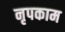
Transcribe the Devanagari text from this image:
नृपकाम